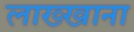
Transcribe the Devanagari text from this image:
लाख्खाना